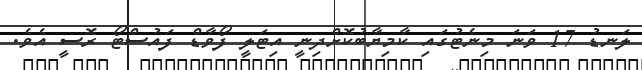
ލަނޑު 17 ވަނަ މިނެޓުގައި ކާމިޔާބުކޮށްދިނީ އިޓަލީ ފޯވާޑް ފައުސްޓޯ ރޮސީ އެވެ.